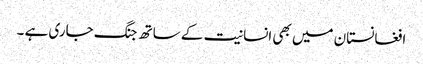
افغانستان میں بھی انسانیت کے ساتھ جنگ جاری ہے ۔